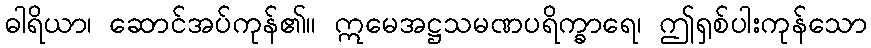
ဓါရိယာ၊ ဆောင်အပ်ကုန်၏။ ဣမေအဋ္ဌသမဏပရိက္ခာရေ၊ ဤရှစ်ပါးကုန်သော